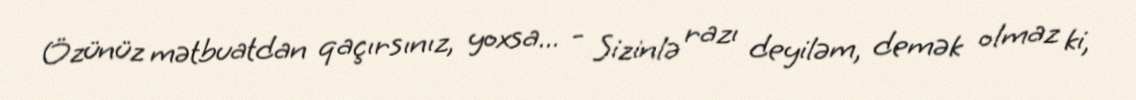
Özünüz mətbuatdan qaçırsınız, yoxsa... - Sizinlə razı deyiləm, demək olmaz ki,